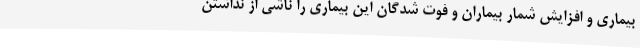
بیماری و افزایش شمار بیماران و فوت شدگان این بیماری را ناشی از نداشتن